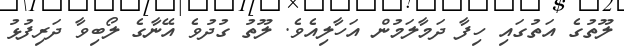
ލޫތުގެ އަތުގައި ހިފާ ދަމާލަމުން އަހާލިއެވެ. ލޫތު ގުދުވެ އޭނާގެ ލޯބިވާ ދަރިފުޅު